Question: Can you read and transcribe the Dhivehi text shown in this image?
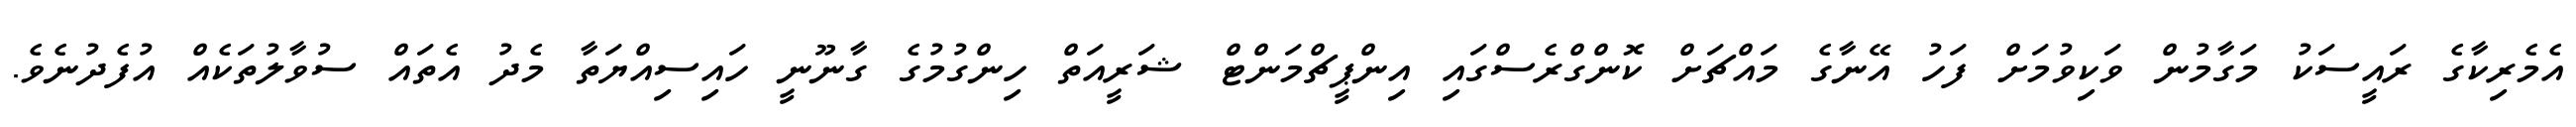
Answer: އެމެރިކާގެ ރައީސަކު މަގާމުން ވަކިވުމަށް ފަހު އޭނާގެ މައްޗަށް ކޮންގްރެސްގައި އިންޕީޗްމަންޓް ޝަރީއަތް ހިންގުމުގެ ގާނޫނީ ހައިސިއްޔަތާ މެދު އެތައް ސުވާލުތަކެއް އުފެދުނެވެ.